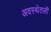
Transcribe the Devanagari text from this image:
अवस्थेतली